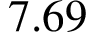
7 . 6 9